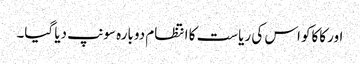
اور کاکاکو اس کی ریاست کا انتظام دوبارہ سونپ دیا گیا۔